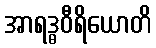
အာရဒ္ဓဝီရိယောတိ